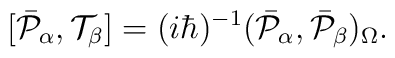
\lbrack\bar{{\cal P}}_{\alpha},{\cal T}_{\beta}]=(i\hbar)^{-1}(\bar{{\cal P}}_{\alpha},\bar{{\cal P}}_{\beta})_{\Omega}.